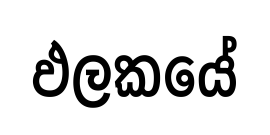
ඵලකයේ